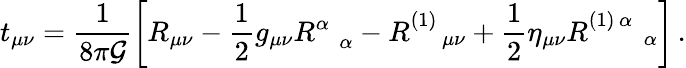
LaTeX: t_{\mu\nu}=\frac{1}{8\pi{\cal G}}\left[R_{\mu\nu}-\frac{1}{2}g_{\mu\nu}R_{\; \; \; \alpha}^{\alpha}-R_{\; \; \; \; \mu\nu}^{(1)}+\frac{1}{2}\eta_{\mu\nu}R_{\; \; \; \; \; \; \; \alpha}^{(1)\, \alpha}\right]\, .